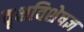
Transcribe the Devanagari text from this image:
वृक्षविशेषज्ञ